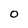
Character: o